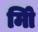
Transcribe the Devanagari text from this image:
मिो